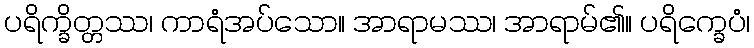
ပရိက္ခိတ္တဿ၊ ကာရံအပ်သော။ အာရာမဿ၊ အာရာမ်၏။ ပရိက္ခေပံ၊